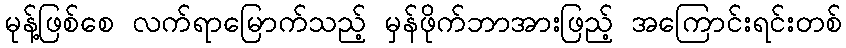
မုန့်ဖြစ်စေ လက်ရာမြောက်သည့် မှန်ဖိုက်ဘာအားဖြည့် အကြောင်းရင်းတစ်